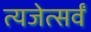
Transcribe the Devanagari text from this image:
त्यजेत्सर्वं